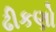
ઢીકણો